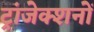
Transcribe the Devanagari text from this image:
ट्रांजेक्शनों